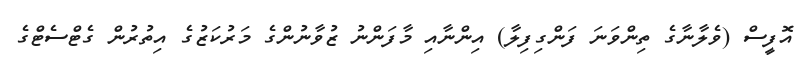
އޮފީސް (ވެލާނާގެ ތިންވަނަ ފަންގިފިލާ) އިންނާއި މާފަންނު ޒުވާނުންގެ މަރުކަޒުގެ އިތުރުން ގެޓްސެޓްގެ